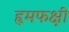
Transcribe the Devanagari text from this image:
हृमफक्षी